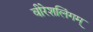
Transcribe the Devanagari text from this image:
वीरेशलिंगम्